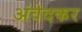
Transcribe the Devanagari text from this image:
अंवेदकर